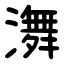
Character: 㵲